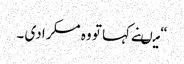
“ میںنے کہا تو وہ مسکرا دی ۔